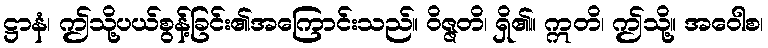
ဋ္ဌာနံ၊ ဤသို့ပယ်စွန့်ခြင်း၏အကြောင်းသည်။ ဝိဇ္ဇတိ၊ ရှိ၏။ ဣတိ၊ ဤသို့။ အဝေါစ၊